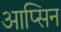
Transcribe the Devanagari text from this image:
आप्सिन